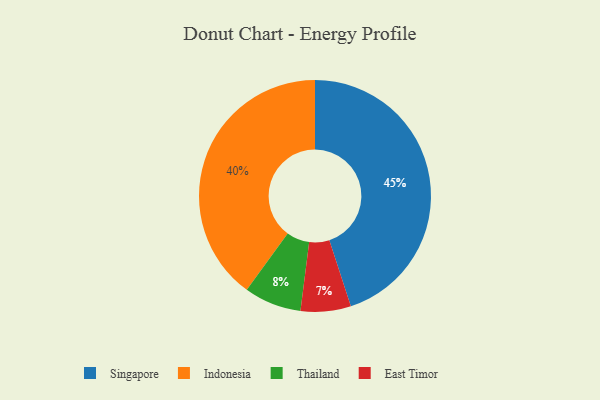
{"axis": {"x": "Category", "y": "Percentage"}, "legend": ["East Timor", "Indonesia", "Singapore", "Thailand"], "data": [{"x": "Indonesia", "y": 40, "type": "Indonesia"}, {"x": "Thailand", "y": 8, "type": "Thailand"}, {"x": "East Timor", "y": 7, "type": "East Timor"}, {"x": "Singapore", "y": 45, "type": "Singapore"}]}